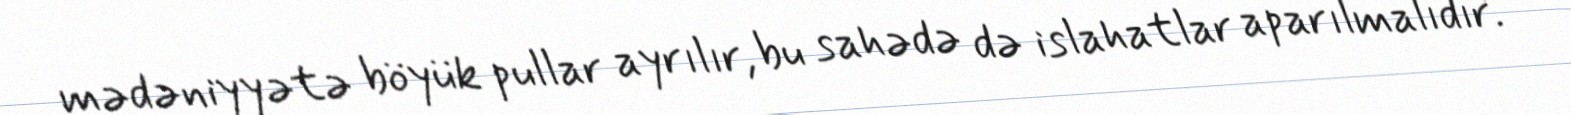
mədəniyyətə böyük pullar ayrılır, bu sahədə də islahatlar aparılmalıdır.